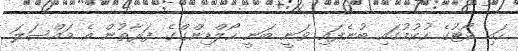
ހައި ކޯޓުގެ ހުކުމުގައި ބުނެފައި ވަނީ ބަނީ ހޯލްޑިންގްގެ ފަރާތުން އެ މައްސަލަ